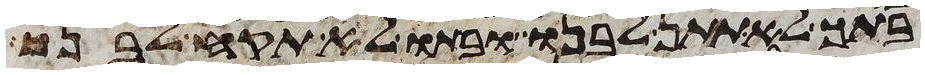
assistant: בתך לא תתן לבנו ובתו לא תקח לבנך